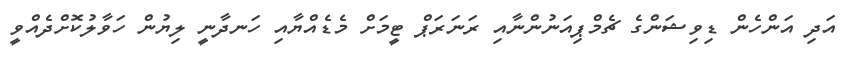
އަދި އަންހެން ޑިވިޝަންގެ ޗެމްޕިއަނުންނާއި ރަނަރަޕް ޓީމަށް މެޑެއްޔާއި ހަނދާނީ ލިޔުން ހަވާލުކޮށްދެއްވީ